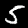
Digit: 5